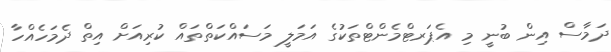
ދަމާސް އިން ބުނީ މި އެޕަރޓްމެންޓްތަކުގެ އަމަލީ މަސައްކަތްތައް ކުރިއަށް އިތް ދެމަހެއްހާ